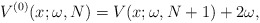
\begin{gather*} V^{(0) }(x;\omega ,N)=V(x;\omega ,N+1)+2\omega ,\end{gather*}